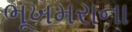
ભૂખમરાના